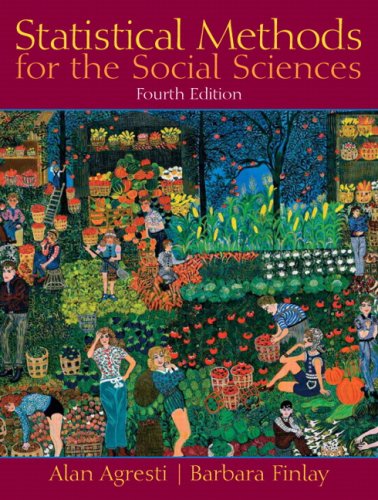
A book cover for Statistical Methods for the Social Sciences (4th Edition); Alan Agresti; Business & Money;